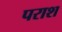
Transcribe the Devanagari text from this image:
पराश